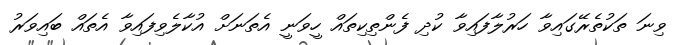
ވިނަ ތަކުތެރޭގައިވާ ހަރުލާފައިވާ ކުދި ފެންތިކިތައް ހީވަނީ އެތަނަށް އުކާލެވިފައިވާ އެތައް ބައިވަރު